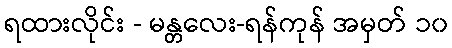
ရထားလိုင်း - မန္တလေး-ရန်ကုန် အမှတ် ၁၀